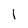
Character: 1